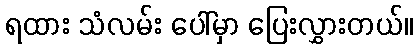
ရထား သံလမ်း ပေါ်မှာ ပြေးလွှားတယ်။